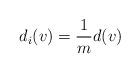
LaTeX: \begin{align*}d_i(v)=\frac{1}{m}d(v)\end{align*}